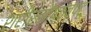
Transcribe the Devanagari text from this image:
शरीरसौष्ठवपटू